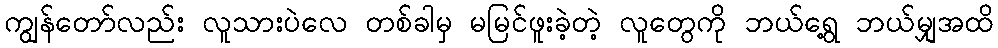
ကျွန်တော်လည်း လူသားပဲလေ တစ်ခါမှ မမြင်ဖူးခဲ့တဲ့ လူတွေကို ဘယ်ရွေ့ ဘယ်မျှအထိ